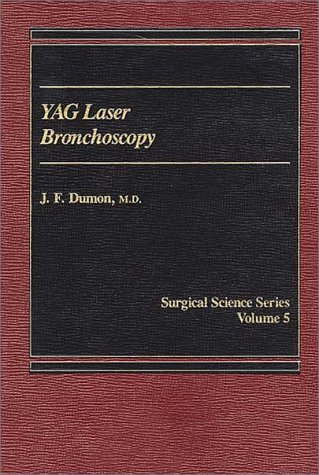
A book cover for Yag Laser Bronchoscopy; Medical Books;